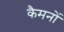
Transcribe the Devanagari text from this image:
कैमनों